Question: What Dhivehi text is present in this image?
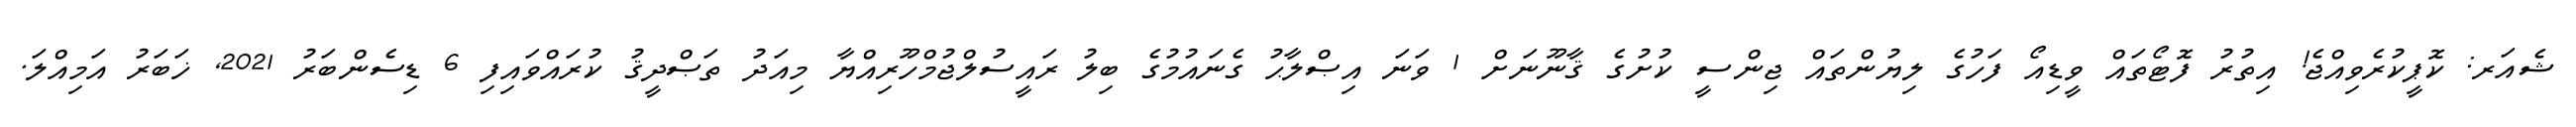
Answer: ޝެއަރ: ކޮޕީކުރެވިއްޖެ! އިތުރު ފޮޓޯތައް ވީޑިއޯ ފަހުގެ ލިޔުންތައް ޖިންސީ ކުށުގެ ޤާނޫނަށް 1 ވަނަ އިޞްލާޙު ގެނައުމުގެ ބިލު ރައީސުލްޖުމްހޫރިއްޔާ މިއަދު ތަޞްދީޤު ކުރައްވައިފި 6 ޑިސެންބަރު 2021, ޚަބަރު އަމިއްލަ.